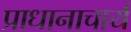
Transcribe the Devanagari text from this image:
प्राधानाचार्य